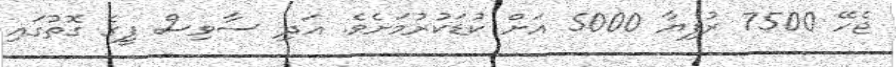
ޖެހޭ 7500 ރުފިޔާ 5000 އަށް ކުޑަކުރުމަށެވެ. އަދި ސާވިސް ފީގެ ގޮތުގައި